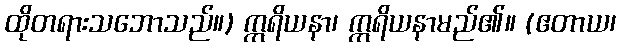
ထိုတရားသဘောသည်။) ဣရိယနာ၊ ဣရိယနာမည်၏။ (ဧတာယ၊